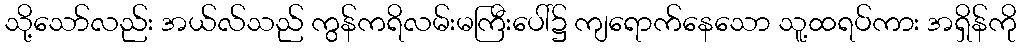
သို့သော်လည်း အယ်လ်သည် ကွန်ကရိလမ်းမကြီးပေါ်၌ ကျရောက်နေသော သူ့ထရပ်ကား အရှိန်ကို